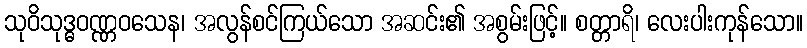
သုဝိသုဒ္ဓဝဏ္ဏဝသေန၊ အလွန်စင်ကြယ်သော အဆင်း၏ အစွမ်းဖြင့်။ စတ္တာရိ၊ လေးပါးကုန်သော။